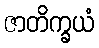
ဇာတိက္ခယံ